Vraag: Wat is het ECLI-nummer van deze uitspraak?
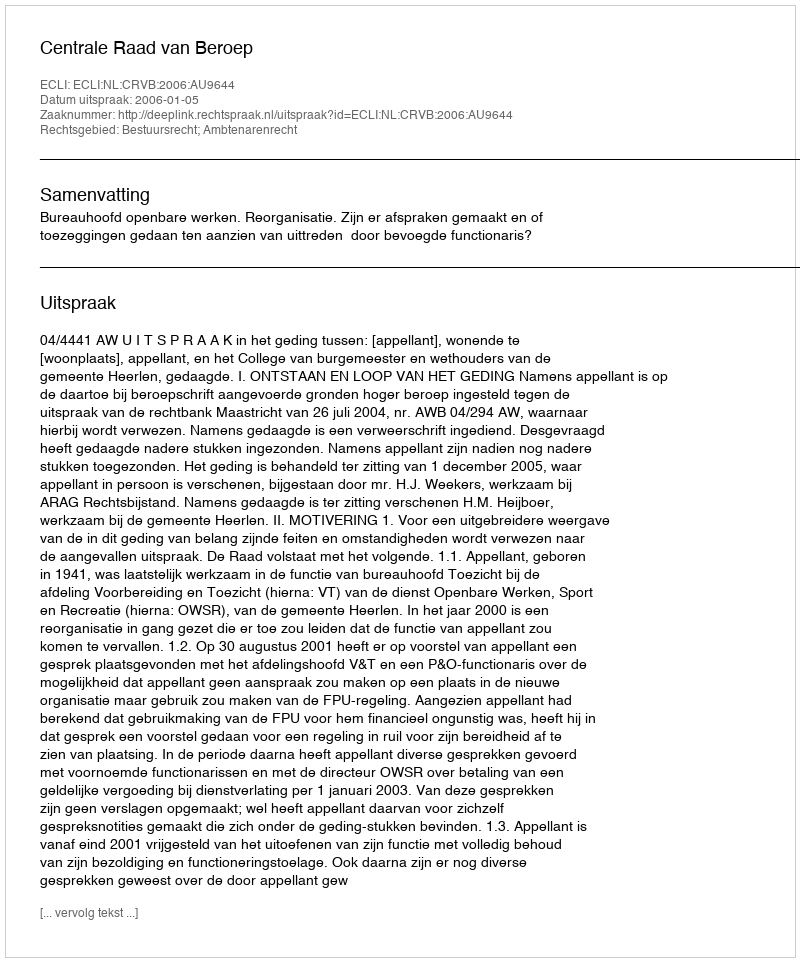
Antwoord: ECLI:NL:CRVB:2006:AU9644